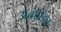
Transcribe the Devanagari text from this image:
अतंपीड्य